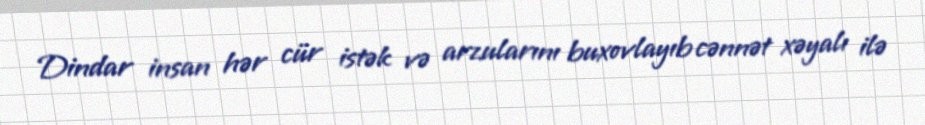
Dindar insan hər cür istək və arzularını buxovlayıb cənnət xəyalı ilə